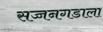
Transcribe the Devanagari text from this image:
सज्जनगडाला